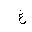
Letter: _gayn